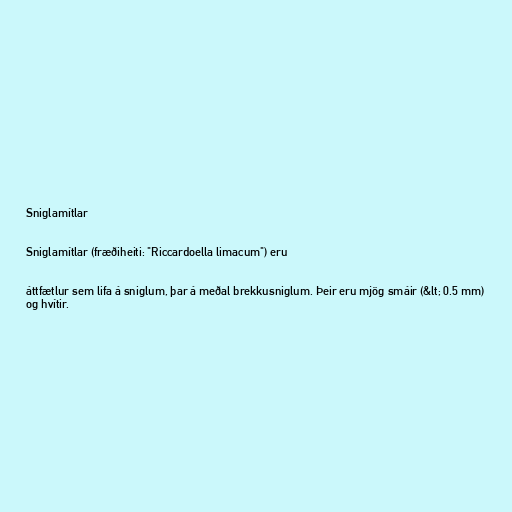
Sniglamítlar

Sniglamítlar (fræðiheiti: "Riccardoella limacum") eru

áttfætlur sem lifa á sniglum, þar á meðal brekkusniglum. Þeir eru mjög smáir (&lt; 0.5 mm)
og hvítir.